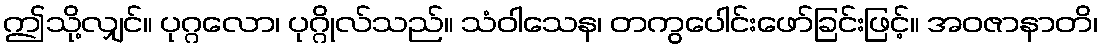
ဤသို့လျှင်။ ပုဂ္ဂလော၊ ပုဂ္ဂိုလ်သည်။ သံဝါသေန၊ တကွပေါင်းဖော်ခြင်းဖြင့်။ အဝဇာနာတိ၊